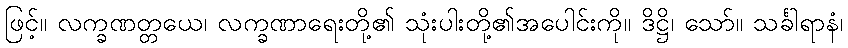
ဖြင့်။ လက္ခဏတ္တယေ၊ လက္ခဏာရေးတို့၏ သုံးပါးတို့၏အပေါင်းကို။ ဒိဋ္ဌိ၊ သော်။ သင်္ခါရာနံ၊